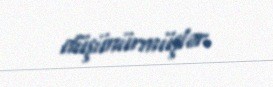
düşünürmüşlər.